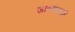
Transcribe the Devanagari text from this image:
जाण्यामागे